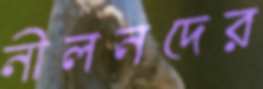
নীলনদের